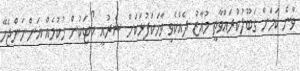
ވާނެ ކަމަށް ގަބޫލުކުރައްވާތީ މުއާޒު ދެއްކެވި ވާހަކަފުޅަކަށް ޝަރުއީ ކޯޓަކުން ހުކުމެއް އަންނަންޖެހޭ